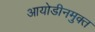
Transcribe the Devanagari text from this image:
आयोडीनमुक्त